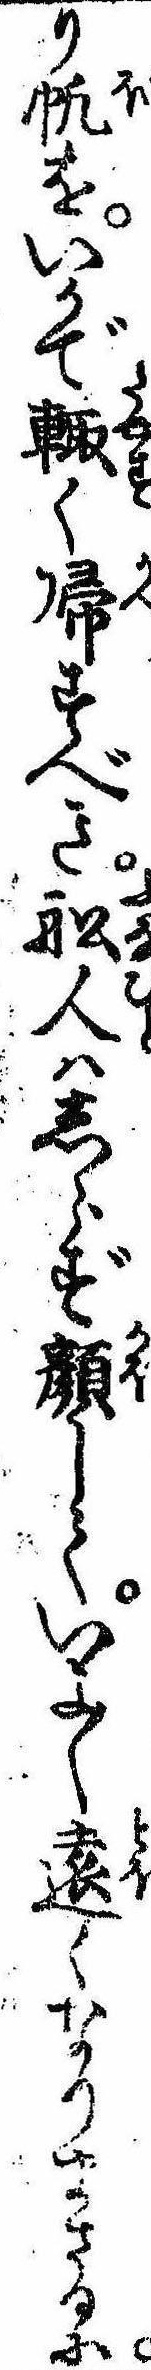
り㠶をいかで輙く帰すべき船人はしらず顔していよ〱遠くなりまさるに